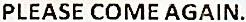
PLEASE COME AGAIN.